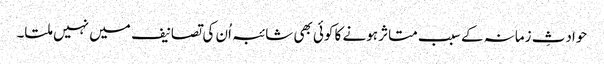
حوادثِ زمانہ کے سبب متاثر ہونے کا کوئی بھی شائبہ اُن کی تصانیف میں نہیں ملتا۔